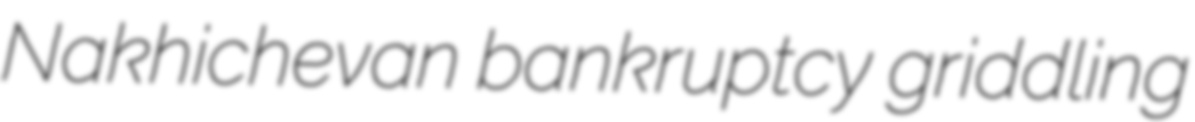
Nakhichevan bankruptcy griddling